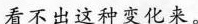
看不出这种变化来。